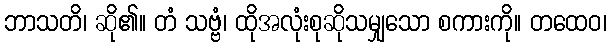
ဘာသတိ၊ ဆို၏။ တံ သဗ္ဗံ၊ ထိုအလုံးစုဆိုသမျှသော စကားကို။ တထေဝ၊